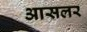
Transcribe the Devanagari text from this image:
आसलर